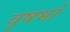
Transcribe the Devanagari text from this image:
वृषभो